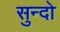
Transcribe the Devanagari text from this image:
सुन्दो